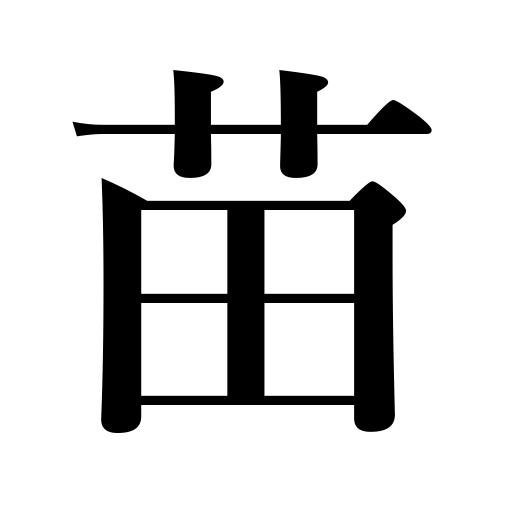
Meanings: sapling,seedling,shoot